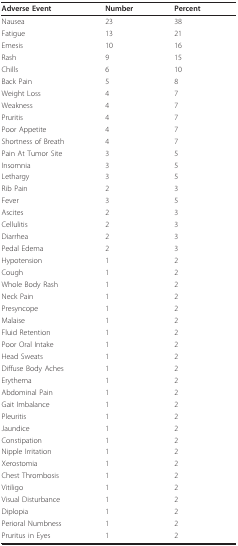
<table><thead><tr><td><b>Adverse Event</b></td><td><b>Number</b></td><td><b>Percent</b></td></tr></thead><tbody><tr><td>Nausea</td><td>23</td><td>38</td></tr><tr><td>Fatigue</td><td>13</td><td>21</td></tr><tr><td>Emesis</td><td>10</td><td>16</td></tr><tr><td>Rash</td><td>9</td><td>15</td></tr><tr><td>Chills</td><td>6</td><td>10</td></tr><tr><td>Back Pain</td><td>5</td><td>8</td></tr><tr><td>Weight Loss</td><td>4</td><td>7</td></tr><tr><td>Weakness</td><td>4</td><td>7</td></tr><tr><td>Pruritis</td><td>4</td><td>7</td></tr><tr><td>Poor Appetite</td><td>4</td><td>7</td></tr><tr><td>Shortness of Breath</td><td>4</td><td>7</td></tr><tr><td>Pain At Tumor Site</td><td>3</td><td>5</td></tr><tr><td>Insomnia</td><td>3</td><td>5</td></tr><tr><td>Lethargy</td><td>3</td><td>5</td></tr><tr><td>Rib Pain</td><td>2</td><td>3</td></tr><tr><td>Fever</td><td>3</td><td>5</td></tr><tr><td>Ascites</td><td>2</td><td>3</td></tr><tr><td>Cellulitis</td><td>2</td><td>3</td></tr><tr><td>Diarrhea</td><td>2</td><td>3</td></tr><tr><td>Pedal Edema</td><td>2</td><td>3</td></tr><tr><td>Hypotension</td><td>1</td><td>2</td></tr><tr><td>Cough</td><td>1</td><td>2</td></tr><tr><td>Whole Body Rash</td><td>1</td><td>2</td></tr><tr><td>Neck Pain</td><td>1</td><td>2</td></tr><tr><td>Presyncope</td><td>1</td><td>2</td></tr><tr><td>Malaise</td><td>1</td><td>2</td></tr><tr><td>Fluid Retention</td><td>1</td><td>2</td></tr><tr><td>Poor Oral Intake</td><td>1</td><td>2</td></tr><tr><td>Head Sweats</td><td>1</td><td>2</td></tr><tr><td>Diffuse Body Aches</td><td>1</td><td>2</td></tr><tr><td>Erythema</td><td>1</td><td>2</td></tr><tr><td>Abdominal Pain</td><td>1</td><td>2</td></tr><tr><td>Gait Imbalance</td><td>1</td><td>2</td></tr><tr><td>Pleuritis</td><td>1</td><td>2</td></tr><tr><td>Jaundice</td><td>1</td><td>2</td></tr><tr><td>Constipation</td><td>1</td><td>2</td></tr><tr><td>Nipple Irritation</td><td>1</td><td>2</td></tr><tr><td>Xerostomia</td><td>1</td><td>2</td></tr><tr><td>Chest Thrombosis</td><td>1</td><td>2</td></tr><tr><td>Vitiligo</td><td>1</td><td>2</td></tr><tr><td>Visual Disturbance</td><td>1</td><td>2</td></tr><tr><td>Diplopia</td><td>1</td><td>2</td></tr><tr><td>Perioral Numbness</td><td>1</td><td>2</td></tr><tr><td>Pruritus in Eyes</td><td>1</td><td>2</td></tr></tbody></table>